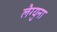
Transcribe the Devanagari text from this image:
लैग्युना